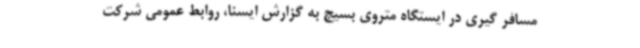
مسافر گیری در ایستگاه متروی بسیج به گزارش ایسنا، روابط عمومی شرکت